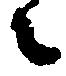
々